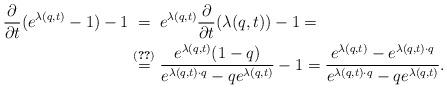
LaTeX: \begin{align*}\frac{\partial}{\partial t}(e^{\lambda(q,t)}-1) -1&{}\stackrel{\phantom{\eqref{eq_lambda_primo}}}{=}e^{\lambda(q,t)}\frac{\partial}{\partial t}(\lambda(q,t))-1=\\&{}\stackrel{\eqref{eq_lambda_primo}}{=}\frac{e^{\lambda(q,t)}(1-q)}{e^{\lambda(q,t)\cdot q}-qe^{\lambda(q,t)}}-1=\frac{e^{\lambda(q,t)}-e^{\lambda(q,t)\cdot q}}{e^{\lambda(q,t)\cdot q}-qe^{\lambda(q,t)}}.\end{align*}